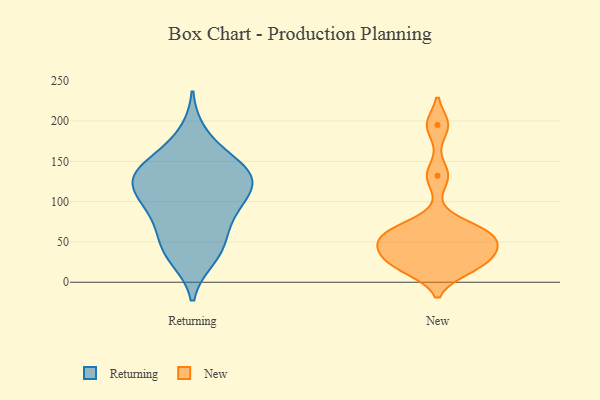
{"axis": {"x": "Revenue (USD Million)", "y": "Value"}, "legend": ["New", "Returning"], "data": [{"x": "", "y": 145, "type": "Returning"}, {"x": "", "y": 30, "type": "Returning"}, {"x": "", "y": 139, "type": "Returning"}, {"x": "", "y": 34, "type": "Returning"}, {"x": "", "y": 85, "type": "Returning"}, {"x": "", "y": 118, "type": "Returning"}, {"x": "", "y": 45, "type": "Returning"}, {"x": "", "y": 184, "type": "Returning"}, {"x": "", "y": 52, "type": "Returning"}, {"x": "", "y": 88, "type": "Returning"}, {"x": "", "y": 114, "type": "Returning"}, {"x": "", "y": 76, "type": "Returning"}, {"x": "", "y": 102, "type": "Returning"}, {"x": "", "y": 137, "type": "Returning"}, {"x": "", "y": 134, "type": "Returning"}, {"x": "", "y": 122, "type": "Returning"}, {"x": "", "y": 158, "type": "Returning"}, {"x": "", "y": 125, "type": "Returning"}, {"x": "", "y": 132, "type": "New"}, {"x": "", "y": 30, "type": "New"}, {"x": "", "y": 15, "type": "New"}, {"x": "", "y": 35, "type": "New"}, {"x": "", "y": 67, "type": "New"}, {"x": "", "y": 60, "type": "New"}, {"x": "", "y": 195, "type": "New"}, {"x": "", "y": 50, "type": "New"}, {"x": "", "y": 44, "type": "New"}, {"x": "", "y": 19, "type": "New"}, {"x": "", "y": 64, "type": "New"}]}